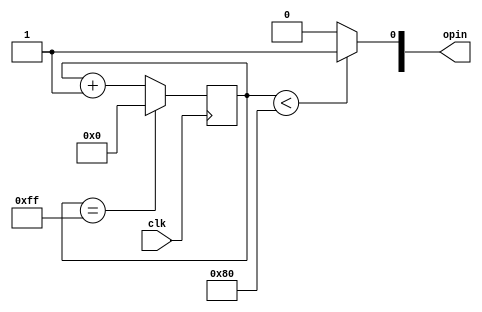
module pwm_half_dc (
    input clk,
    output reg [2:0]opin
);
    parameter DUTY_CYCLE = 8'd128;
    parameter COUNTER_LIMIT = 8'd255;

    reg [7:0] counter;

    always@(posedge clk) begin
        counter <= counter + 1;
        if(counter == COUNTER_LIMIT) 
            counter <= 0;
    end
    
    always@(counter) begin 
            if(counter < DUTY_CYCLE)
                opin[0] <= 1'b1;
            else 
                opin[0] <= 1'b0;
    end


endmodule